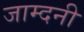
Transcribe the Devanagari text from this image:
जाम्दनी